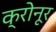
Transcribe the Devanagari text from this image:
क्रोनूर